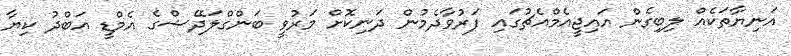
އަނިޔާތަކެއް ލިބިގެން އައިޖީއެމްއެޗުގައި ފަރުވާދެމުން ދަނިކޮށް މަރުވީ ބަންގްލަދޭޝްގެ އެމްޑީ އަބްދު ކިޔާ